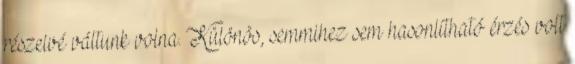
részeivé váltunk volna. Különös, semmihez sem hasonlítható érzés volt